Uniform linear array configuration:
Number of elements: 64
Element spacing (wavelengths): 0.75
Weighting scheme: kaiser
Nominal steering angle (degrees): -15
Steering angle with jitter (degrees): -16.193
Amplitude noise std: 0.05
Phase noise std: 0.05

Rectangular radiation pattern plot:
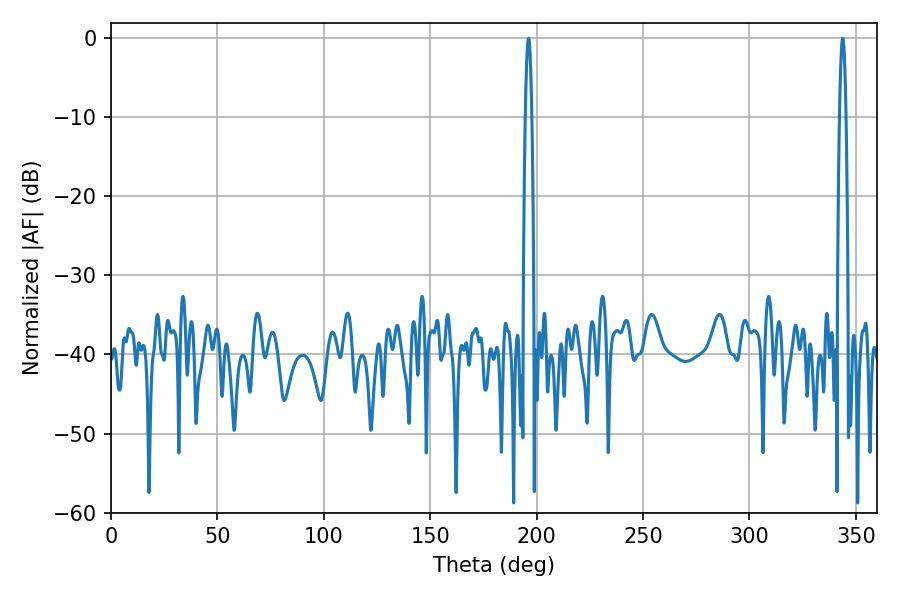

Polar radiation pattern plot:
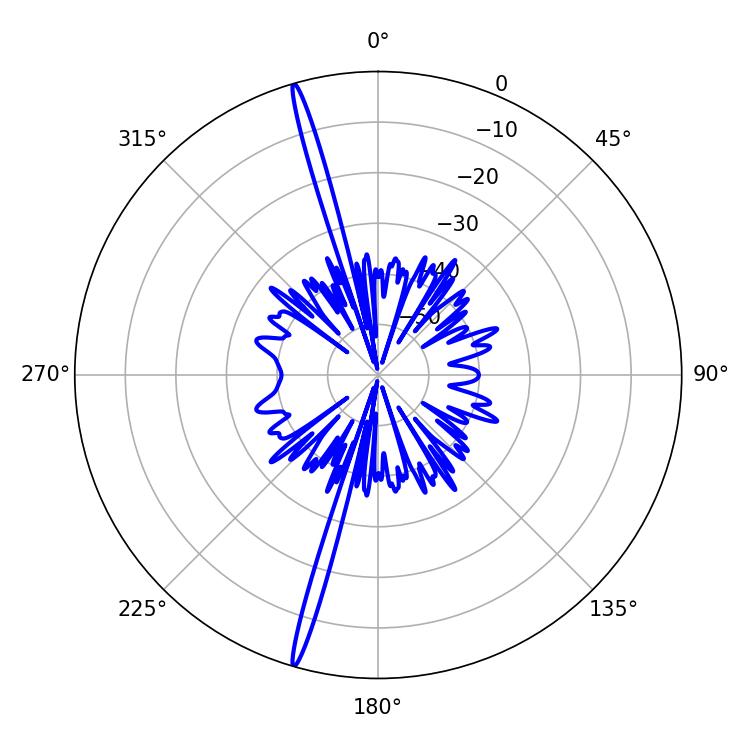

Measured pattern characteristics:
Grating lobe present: TRUE
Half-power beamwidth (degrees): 1.62
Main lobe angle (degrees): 343.8